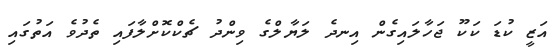
އަޒީ ކުޑަ ކަކޫ ޖަހާލައިގެން އިނދެ ލަޔާލްގެ ވިންދު ޗެކްކޮށްލާފައި ތެދުވެ އަތުގައި